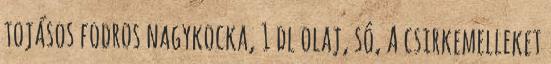
tojásos fodros nagykocka, 1 dl olaj, só, A csirkemelleket